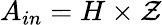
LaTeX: A_{in}=H\times\mathcal{Z}